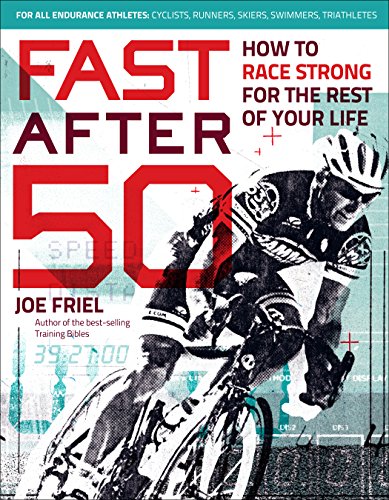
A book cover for Fast After 50: How to Race Strong for the Rest of Your Life; Joe Friel; Health, Fitness & Dieting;